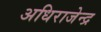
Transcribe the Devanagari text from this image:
अधिराजेन्द्र